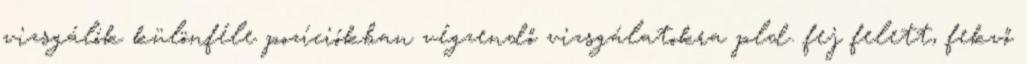
vizsgálók különféle pozíciókban végzendő vizsgálatokra pld. fej felett, fekvő